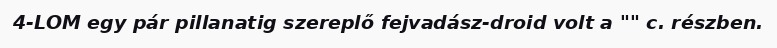
4-LOM egy pár pillanatig szereplő fejvadász-droid volt a "" c. részben.